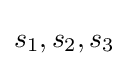
s_{1},s_{2},s_{3}